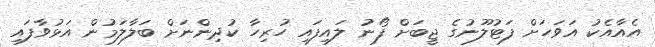
އެއާއެކު އަވަހަށް ފަޓުލޫނުގެ ޖީބަށް ފޯނު ލައިފައި ހުރިހާ ކުދިންނަށް ބަލާލަމުން އަޅުވާފައި